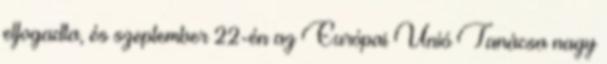
elfogadta, és szeptember 22-én az Európai Unió Tanácsa nagy